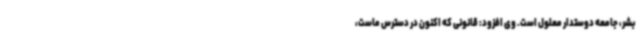
بشر، جامعه دوستدار معلول است. وی افزود: قانونی که اکنون در دسترس ماست،